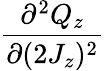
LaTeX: \frac{\partial^{2}Q_{z}}{\partial(2J_{z})^{2}}